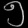
Digit: ၅